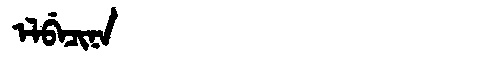
Manchu: ᡝᠯᠪᡝᠴᡳᠨᠠ
Romanization: ELBECINA